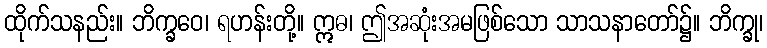
ထိုက်သနည်း။ ဘိက္ခဝေ၊ ရဟန်းတို့။ ဣဓ၊ ဤအဆုံးအမဖြစ်သော သာသနာတော်၌။ ဘိက္ခု၊